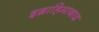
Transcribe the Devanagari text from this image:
इब्राहिमाबाद